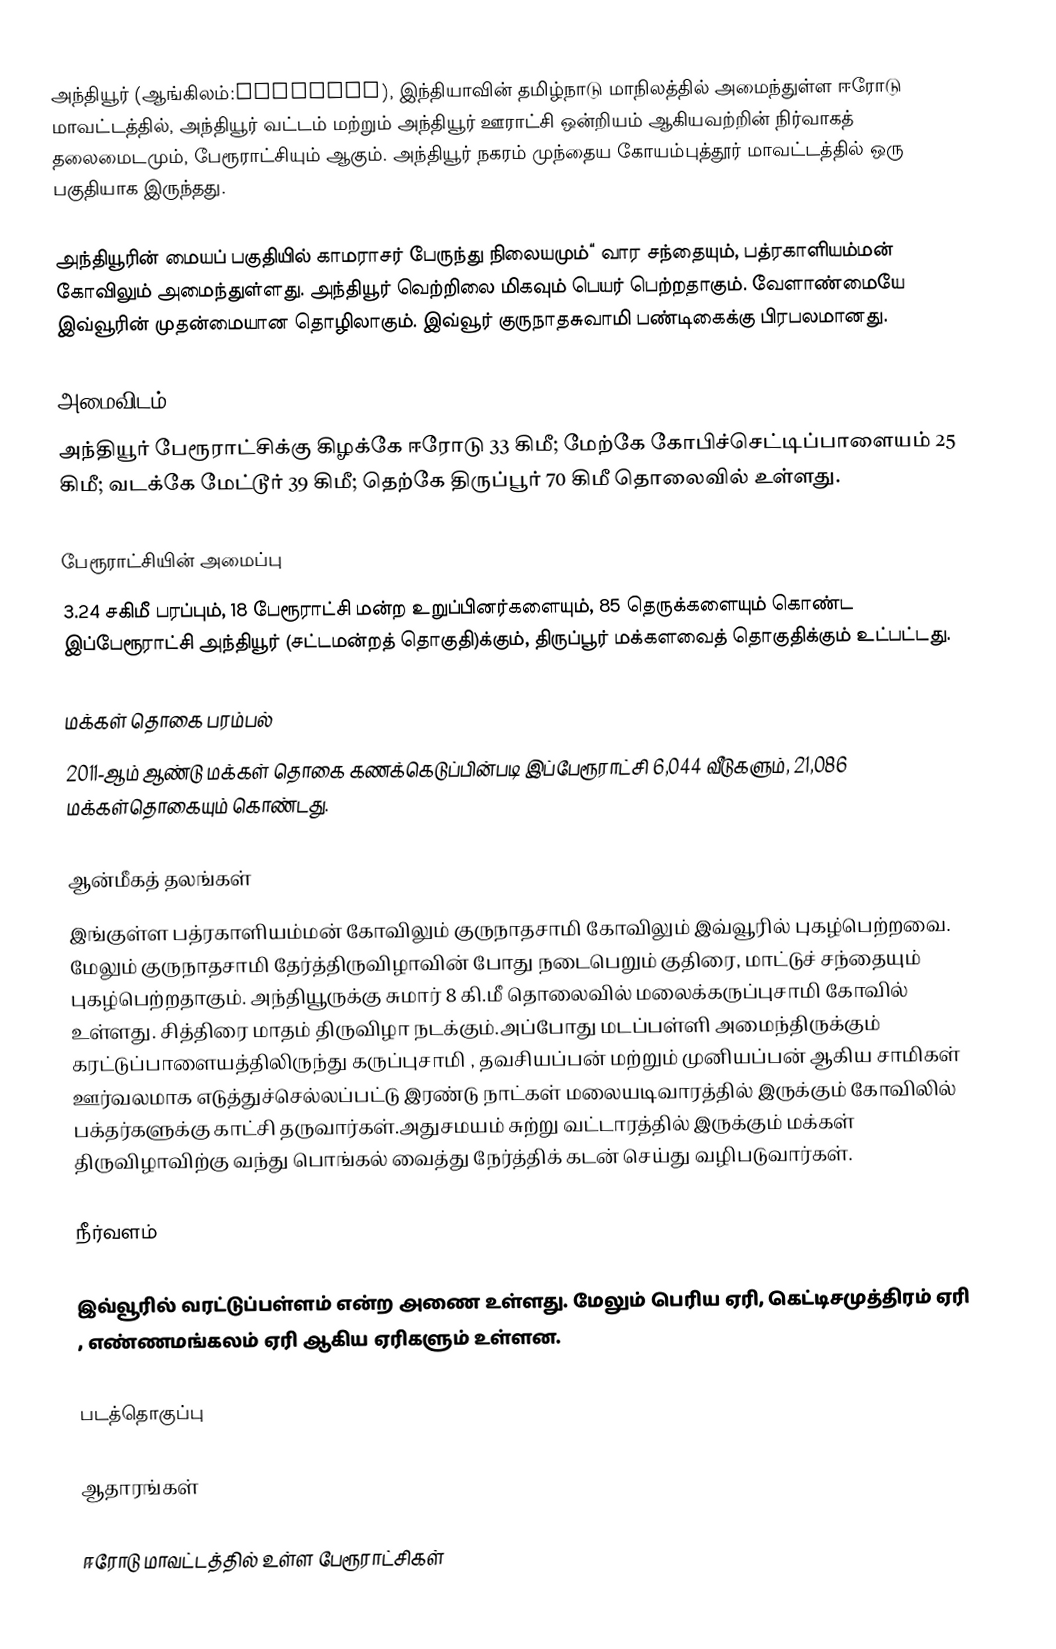
அந்தியூர் (ஆங்கிலம்:Anthiyur), இந்தியாவின் தமிழ்நாடு மாநிலத்தில் அமைந்துள்ள ஈரோடு மாவட்டத்தில், அந்தியூர் வட்டம் மற்றும் அந்தியூர் ஊராட்சி ஒன்றியம் ஆகியவற்றின் நிர்வாகத் தலைமைடமும், பேரூராட்சியும் ஆகும். அந்தியூர் நகரம் முந்தைய கோயம்புத்தூர் மாவட்டத்தில் ஒரு பகுதியாக இருந்தது.

அந்தியூரின் மையப் பகுதியில் காமராசர் பேருந்து நிலையமும்“ வார சந்தையும், பத்ரகாளியம்மன் கோவிலும்  அமைந்துள்ளது.  அந்தியூர் வெற்றிலை  மிகவும் பெயர் பெற்றதாகும். வேளாண்மையே இவ்வூரின் முதன்மையான தொழிலாகும். இவ்வூர் குருநாதசுவாமி பண்டிகைக்கு பிரபலமானது.

அமைவிடம்
அந்தியூர் பேரூராட்சிக்கு கிழக்கே ஈரோடு 33 கிமீ; மேற்கே கோபிச்செட்டிப்பாளையம் 25 கிமீ; வடக்கே  மேட்டூர் 39 கிமீ; தெற்கே திருப்பூர் 70 கிமீ தொலைவில் உள்ளது.

பேரூராட்சியின் அமைப்பு
3.24 சகிமீ பரப்பும், 18  பேரூராட்சி மன்ற உறுப்பினர்களையும், 85 தெருக்களையும்   கொண்ட இப்பேரூராட்சி அந்தியூர்   (சட்டமன்றத் தொகுதி)க்கும், திருப்பூர் மக்களவைத் தொகுதிக்கும் உட்பட்டது.

மக்கள் தொகை பரம்பல்
2011-ஆம் ஆண்டு மக்கள் தொகை கணக்கெடுப்பின்படி  இப்பேரூராட்சி 6,044    வீடுகளும், 21,086 மக்கள்தொகையும் கொண்டது.

ஆன்மீகத் தலங்கள்
இங்குள்ள பத்ரகாளியம்மன் கோவிலும் குருநாதசாமி கோவிலும் இவ்வூரில் புகழ்பெற்றவை. மேலும் குருநாதசாமி தேர்த்திருவிழாவின் போது நடைபெறும் குதிரை, மாட்டுச் சந்தையும் புகழ்பெற்றதாகும். அந்தியூருக்கு சுமார் 8 கி.மீ தொலைவில் மலைக்கருப்புசாமி கோவில் உள்ளது. சித்திரை மாதம் திருவிழா நடக்கும்.அப்போது மடப்பள்ளி அமைந்திருக்கும்  கரட்டுப்பாளையத்திலிருந்து கருப்புசாமி , தவசியப்பன் மற்றும் முனியப்பன் ஆகிய சாமிகள் ஊர்வலமாக எடுத்துச்செல்லப்பட்டு இரண்டு நாட்கள் மலையடிவாரத்தில் இருக்கும் கோவிலில் பக்தர்களுக்கு காட்சி தருவார்கள்.அதுசமயம் சுற்று வட்டாரத்தில் இருக்கும் மக்கள் திருவிழாவிற்கு வந்து பொங்கல் வைத்து நேர்த்திக் கடன் செய்து வழிபடுவார்கள்.

நீர்வளம்

இவ்வூரில் வரட்டுப்பள்ளம் என்ற அணை உள்ளது. மேலும் பெரிய ஏரி, கெட்டிசமுத்திரம் ஏரி , எண்ணமங்கலம் ஏரி ஆகிய ஏரிகளும் உள்ளன.

படத்தொகுப்பு

ஆதாரங்கள்

ஈரோடு மாவட்டத்தில் உள்ள பேரூராட்சிகள்